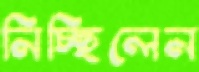
নিচ্ছিলেন